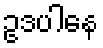
ဥဒပါနေ